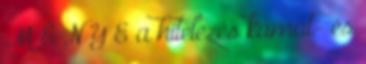
M É N Y E a hitelezés kamat- és